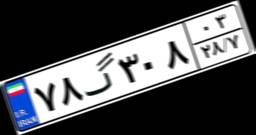
۷۸گ۳۰۸۰۳